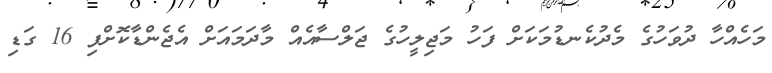
މަހެއްހާ ދުވަހުގެ މެދުކެނޑުމަކަށް ފަހު މަޖިލީހުގެ ޖަލްސާއެއް މާދަމައަށް އެޖެންޑާކޮށްފި 16 ގަޑި